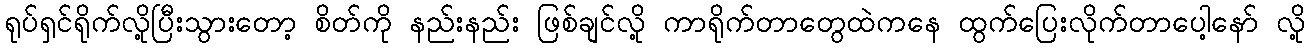
ရုပ်ရှင်ရိုက်လို့ပြီးသွားတော့ စိတ်ကို နည်းနည်း ဖြစ်ချင်လို့ ကာရိုက်တာတွေထဲကနေ ထွက်ပြေးလိုက်တာပေါ့နော် လို့